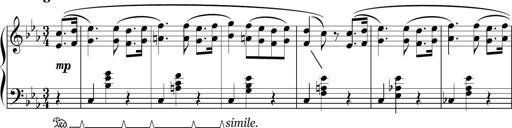
Title: Sonatina in E minor
Composer: Shuwen Zhang
Key: E minor